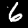
Digit: 6